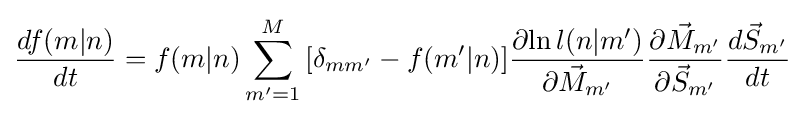
{\frac {df(m|n)}{dt}}=f(m|n)\sum _{m'=1}^{M}{[\delta _{mm'}-f(m'|n)]{\frac {\partial {\ln l(n|m')}}{\partial {{\vec {M}}_{m'}}}}}{\frac {\partial {{\vec {M}}_{m'}}}{\partial {{\vec {S}}_{m'}}}}{\frac {d{\vec {S}}_{m'}}{dt}}